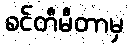
စင်တီမီတာမှ